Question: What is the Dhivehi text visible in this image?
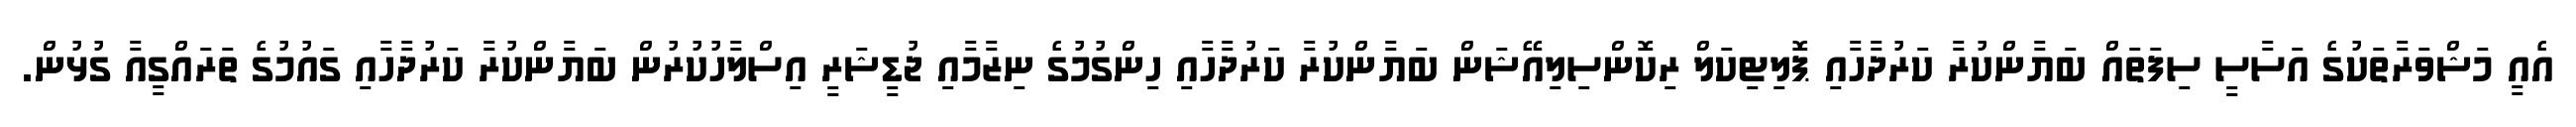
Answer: އެއީ މަޝްވަރާތަކުގެ އަސާސީ ސިފަތައް ބަޔާންކުރާ ކަރުދާހާއި ޕޮލިޓިކަލް ރިކޮންސިލިއޭޝަން ބަޔާންކުރާ ކަރުދާހާއި ހިންގުމުގެ ނިޒާމާއި ޖުޑީޝަރީ އިސްލާހުކުރުން ބަޔާންކުރާ ކަރުދާހާއި ގައުމުގެ ތަރައްގީއާ ގުޅުން.